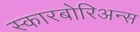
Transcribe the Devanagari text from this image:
स्कारबोरिअन्स